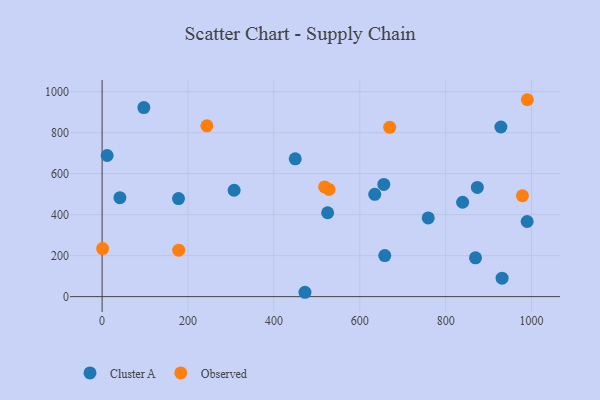
{"axis": {"x": "Experience", "y": "Profit"}, "legend": ["Cluster A", "Observed"], "data": [{"x": "97.2", "y": 921.9, "type": "Cluster A"}, {"x": "656.0", "y": 547.5, "type": "Cluster A"}, {"x": "41.4", "y": 482.6, "type": "Cluster A"}, {"x": "873.8", "y": 532.7, "type": "Cluster A"}, {"x": "931.4", "y": 89.9, "type": "Cluster A"}, {"x": "307.4", "y": 518.8, "type": "Cluster A"}, {"x": "525.2", "y": 409.1, "type": "Cluster A"}, {"x": "928.6", "y": 827.4, "type": "Cluster A"}, {"x": "11.7", "y": 688.4, "type": "Cluster A"}, {"x": "177.9", "y": 478.4, "type": "Cluster A"}, {"x": "759.4", "y": 383.9, "type": "Cluster A"}, {"x": "869.5", "y": 189.3, "type": "Cluster A"}, {"x": "658.2", "y": 200.3, "type": "Cluster A"}, {"x": "449.7", "y": 672.2, "type": "Cluster A"}, {"x": "634.9", "y": 499.1, "type": "Cluster A"}, {"x": "839.5", "y": 460.4, "type": "Cluster A"}, {"x": "989.8", "y": 366.4, "type": "Cluster A"}, {"x": "472.4", "y": 21.3, "type": "Cluster A"}, {"x": "244.0", "y": 833.2, "type": "Observed"}, {"x": "518.2", "y": 535.1, "type": "Observed"}, {"x": "990.3", "y": 960.4, "type": "Observed"}, {"x": "1.2", "y": 234.4, "type": "Observed"}, {"x": "669.7", "y": 825.6, "type": "Observed"}, {"x": "978.8", "y": 492.0, "type": "Observed"}, {"x": "178.5", "y": 226.6, "type": "Observed"}, {"x": "528.4", "y": 522.9, "type": "Observed"}]}